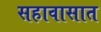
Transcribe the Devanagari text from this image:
सहावासात